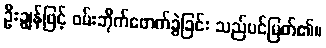
ဦးချွန်ဖြင့် ဝမ်းဘိုက်ဖောက်ခွဲခြင်း သည်ပင်မြတ်၏။